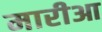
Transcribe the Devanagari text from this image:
मारीआ